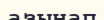
азынап